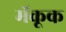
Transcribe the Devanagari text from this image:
मॅकूक